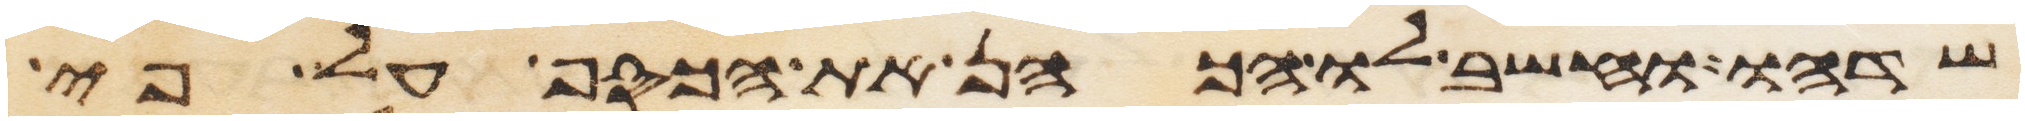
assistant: שדהו וחשב לו הכהן את הכסף על פי